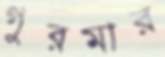
গুরমার